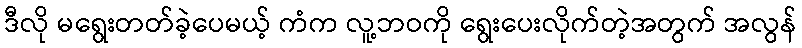
ဒီလို မရွေးတတ်ခဲ့ပေမယ့် ကံက လူ့ဘဝကို ရွေးပေးလိုက်တဲ့အတွက် အလွန်